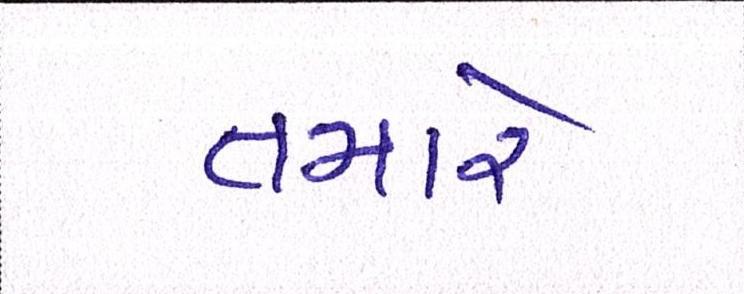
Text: તમારે